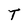
Character: T